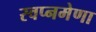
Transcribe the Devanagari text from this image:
स्वप्नमेणा